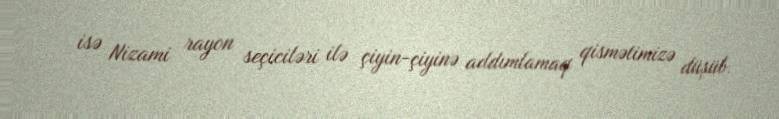
isə Nizami rayon seçiciləri ilə çiyin-çiyinə addımlamaq qismətimizə düşüb.